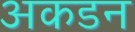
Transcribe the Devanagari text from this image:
अकडन